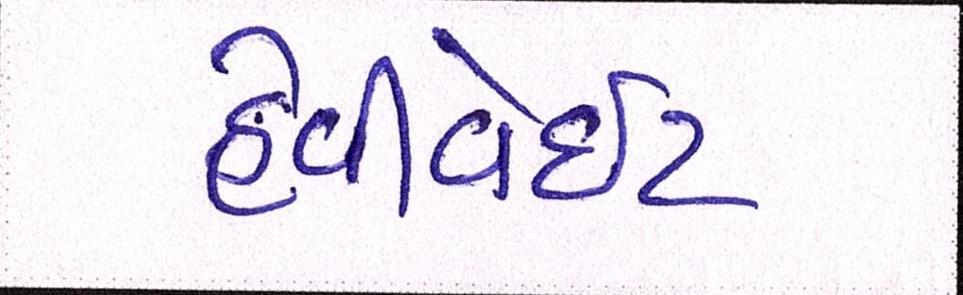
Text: હેવીવેઇટ